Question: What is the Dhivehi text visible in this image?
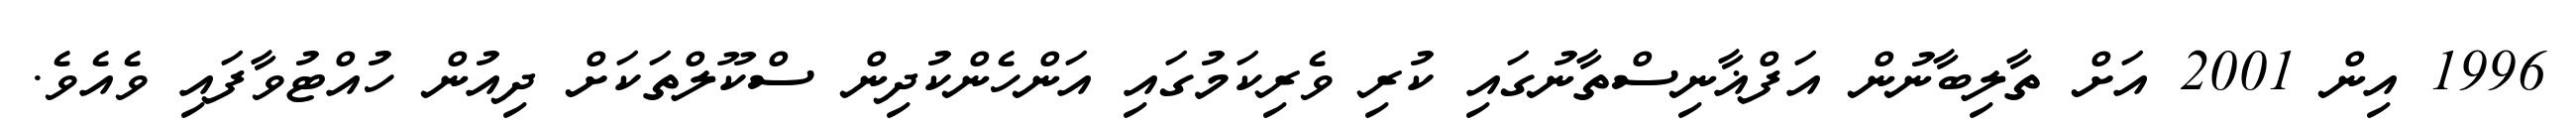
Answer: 1996 އިން 2001 އަށް ތާލިބާނުން އަފްޣާނިސްތާނުގައި ކުރި ވެރިކަމުގައި އަންހެންކުދިން ސްކޫލްތަކަށް ދިއުން ހުއްޓުވާފައި ވެއެވެ.